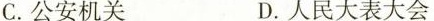
C.公安机关 D.人民大表大会